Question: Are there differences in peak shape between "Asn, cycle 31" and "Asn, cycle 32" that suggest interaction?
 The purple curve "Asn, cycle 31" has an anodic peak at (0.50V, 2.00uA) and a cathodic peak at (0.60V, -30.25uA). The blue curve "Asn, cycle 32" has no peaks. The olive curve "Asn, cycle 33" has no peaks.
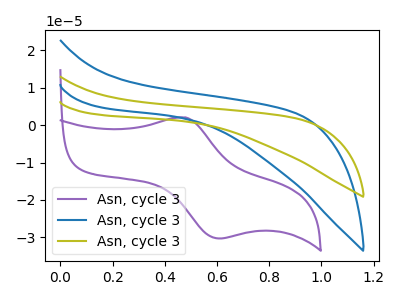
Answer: <think>"Asn, cycle 31" and "Asn, cycle 32" have a different number of peaks.
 </think>
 <answer>Yes, "Asn, cycle 31" and "Asn, cycle 32" are different in shape.</answer>
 <eval>yes_change</eval>